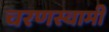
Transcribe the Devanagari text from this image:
चरणस्वामी